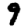
Digit: 9